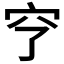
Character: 𥤣